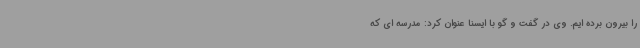
را بیرون برده ایم. وی در گفت و گو با ایسنا عنوان کرد: مدرسه ای که